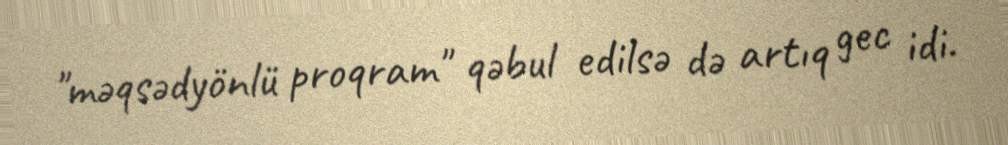
"məqsədyönlü proqram" qəbul edilsə də artıq gec idi.